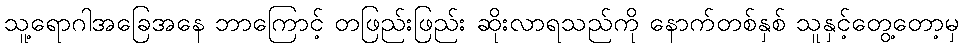
သူ့ရောဂါအခြေအနေ ဘာကြောင့် တဖြည်းဖြည်း ဆိုးလာရသည်ကို နောက်တစ်နှစ် သူနှင့်တွေ့တော့မှ